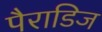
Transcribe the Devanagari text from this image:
पैराडिज